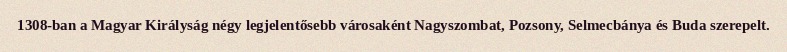
1308-ban a Magyar Királyság négy legjelentősebb városaként Nagyszombat, Pozsony, Selmecbánya és Buda szerepelt.